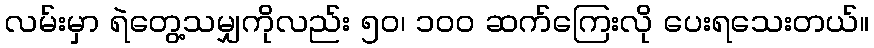
လမ်းမှာ ရဲတွေ့သမျှကိုလည်း ၅၀၊ ၁၀၀ ဆက်ကြေးလို ပေးရသေးတယ်။